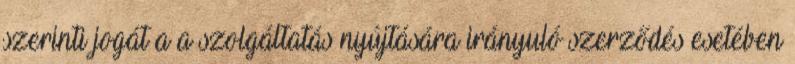
szerinti jogát a a szolgáltatás nyújtására irányuló szerződés esetében